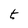
Character: t